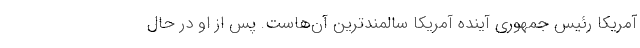
آمریکا رئیس جمهوری آینده آمریکا سالمندترین آن‌هاست. پس از او در حال